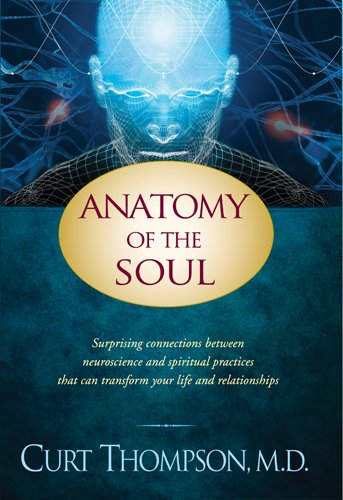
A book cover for Anatomy of the Soul: Surprising Connections between Neuroscience and Spiritual Practices That Can Transform Your Life and Relationships; Curt Thompson; Medical Books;